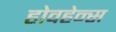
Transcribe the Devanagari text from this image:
होवहेन्स